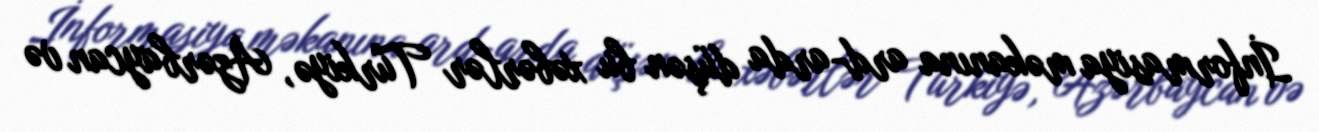
İnformasiya məkanına ard-arda düşən bu xəbərlər Türkiyə, Azərbaycan və